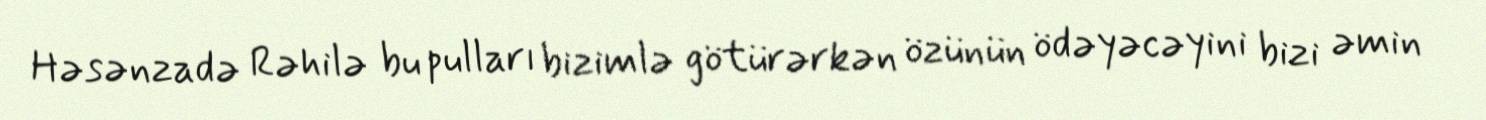
Həsənzadə Rəhilə bu pulları bizimlə götürərkən özünün ödəyəcəyini bizi əmin